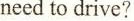
need to drive?